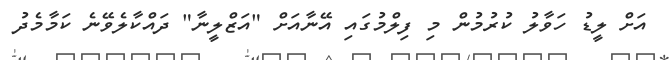
އަށް ލީޑު ހަވާލު ކުރުމުން މި ފިލްމުގައި އޭނާއަށް "އަޒްލީނާ" ދައްކާލެވޭނެ ކަމާމެދު